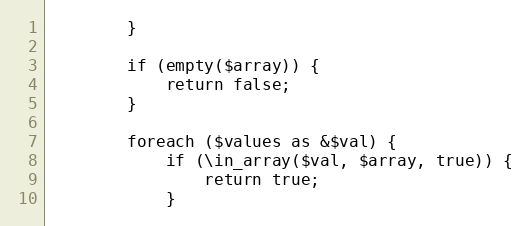
Language: PHP
        }

        if (empty($array)) {
            return false;
        }

        foreach ($values as &$val) {
            if (\in_array($val, $array, true)) {
                return true;
            }